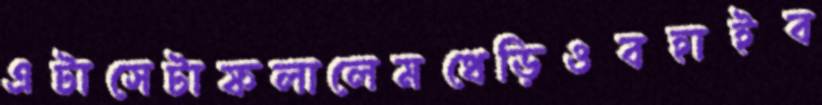
এটাসেটাফলালেমধেড়িওবহাইব